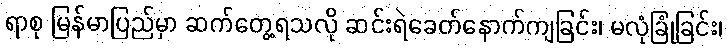
ရာစု မြန်မာပြည်မှာ ဆက်တွေ့ရသလို ဆင်းရဲခေတ်နောက်ကျခြင်း၊ မလုံခြုံခြင်း၊